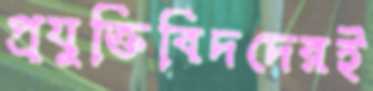
প্রযুক্তিবিদদেরই